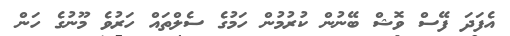
އެފަދަ ފޭސް ވޮޝް ބޭނުން ކުރުމުން ހަމުގެ ސެލްތައް ހަރުވެ މޫނުގެ ހަން